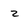
Character: 2